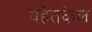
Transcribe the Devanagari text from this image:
यहेतकेल